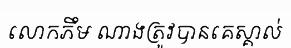
លោកភឹម ណាងត្រូវបានគេស្គាល់